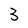
Character: 3